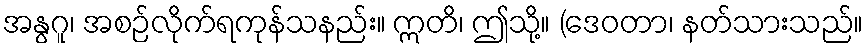
အနွဂူ၊ အစဉ်လိုက်ရကုန်သနည်း။ ဣတိ၊ ဤသို့။ (ဒေဝတာ၊ နတ်သားသည်။